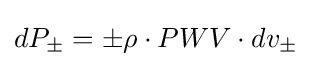
dP_{\pm }=\pm \rho \cdot PWV\cdot dv_{\pm }